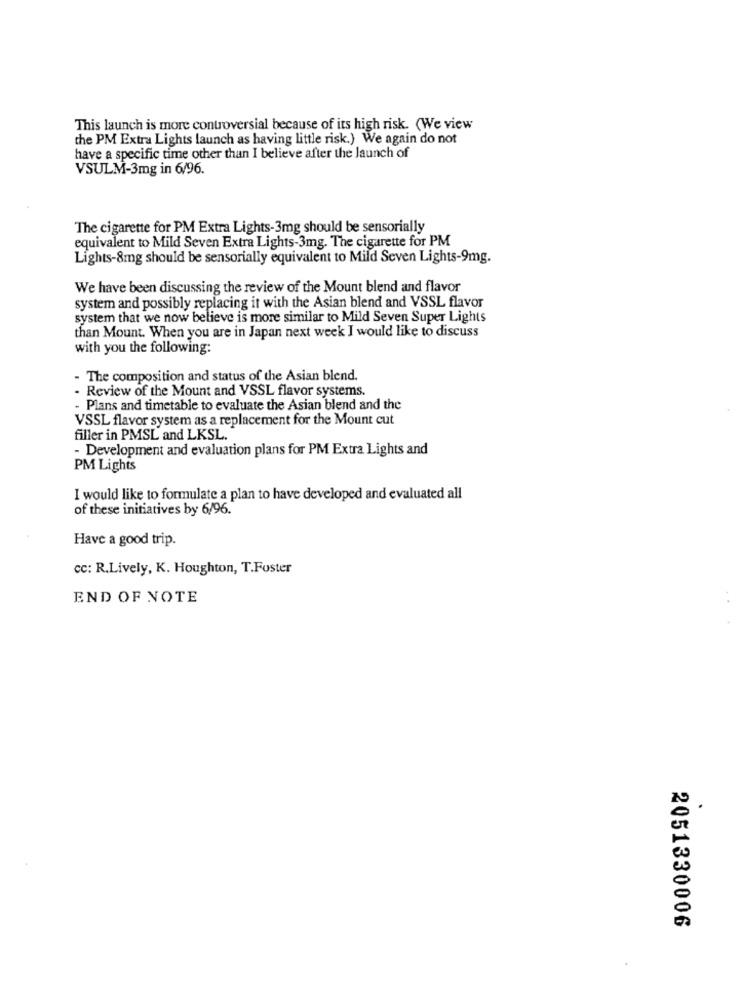
This launch is more controversial because of its high risk. (We view
the PM Extra Lights launch as having little risk.) We again do not
have a specific time other than I believe after the launch of
VSULM-3mg in 6/96.
The cigarette for PM Extra Lights-3mg should be sensorially
equivalent to Mild Seven Extra Lights-3mg. The cigarette for PM
Lights-8mg should be sensorially equivalent to Mild Seven Lights-9mg.
We have been discussing the review of the Mount blend and flavor
system and possibly replacing it with the Asian blend and VSSL flavor
system that we now believe is more similar to Mild Seven Super Lights
than Mount. When you are in Japan next week I would like to discuss
with you the following:
- The composition and status of the Asian blend.
- Review of the Mount and VSSL flavor systems.
- Plans and timetable to evaluate the Asian blend and the
VSSL flavor system as a replacement for the Mount cut
filler in PMSL and LKSL.
- Development and evaluation plans for PM Extra Lights and
PM Lights
I would like to formulate a plan to have developed and evaluated all
of these initiatives by 6/96.
Have a good trip.
cc: R.Lively, K. Houghton, T.Foster
END OF NOTE
.
2051330006
.